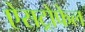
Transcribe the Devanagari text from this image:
ऐसट्रोफेल